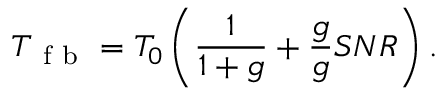
T _ { \mathrm { ~ f ~ b ~ } } = T _ { 0 } \left( \frac { 1 } { 1 + g } + \frac { g } { g } { S N R } \right) .